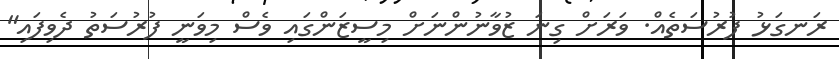
ރަނގަޅު ފުރުސަތެއް. ވަރަށް ގިނަ ޒުވާނުންނަށް މިސީޒަންގައި ވެސް މިވަނީ ފުރުސަތު ދެވިފައި"